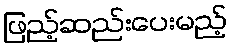
ဖြည့်ဆည်းပေးမည့်